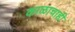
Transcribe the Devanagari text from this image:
काळाचाही